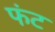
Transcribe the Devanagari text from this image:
फंट